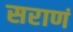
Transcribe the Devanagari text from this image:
सराणं